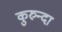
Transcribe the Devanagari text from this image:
कुरुन्दा